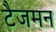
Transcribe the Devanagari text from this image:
टैजमन